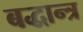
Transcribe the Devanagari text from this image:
बद्धान्त्र